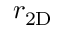
r _ { \mathrm { 2 D } }